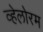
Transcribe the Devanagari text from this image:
व्हेलोरम